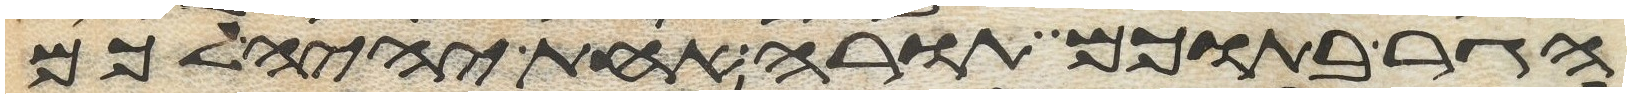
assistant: הגר בתוכם תורה אחת יהיה לכם